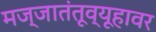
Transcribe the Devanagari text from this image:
मज्जातंतूव्यूहावर